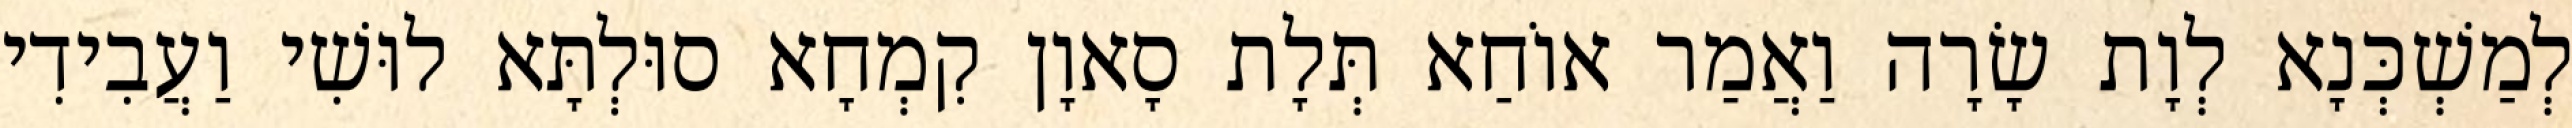
לְמַשְׁכְּנָא לְוָת שָׂרָה וַאֲמַר אוֹחַא תְּלָת סָאוָן קִמְחָא סוּלְתָּא לוּשִׁי וַעֲבִידִי